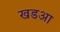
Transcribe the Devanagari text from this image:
खडआ